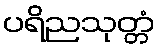
ပရိညသုတ္တံ